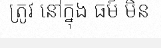
ត្រូវ នៅក្នុង ធម៍ មិន